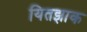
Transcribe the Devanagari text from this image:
यितझाक